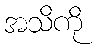
အသိကို